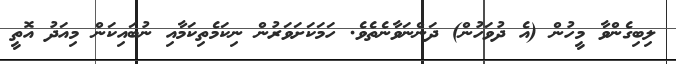
ލިބިގެންވާ މީހުން (އެ ދުވަހުން) ދަންނަވާނެތެވެ. ހަމަކަށަވަރުން ނިކަމެތިކަމާއި ނުބައިކަން މިއަދު އޮތީ